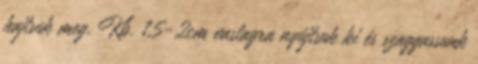
hajtsuk meg. Kb. 1,5-2cm vastagra nyújtsuk ki és szaggassunk